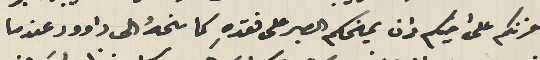
حزنكم على اخيكم وان يمنحكم الصبر على فقدهِ كما منحهُ الى داوود عندما